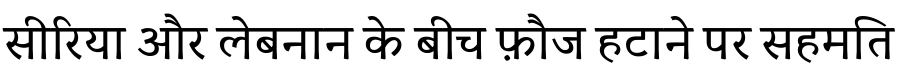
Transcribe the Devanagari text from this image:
सीरिया और लेबनान के बीच फ़ौज हटाने पर सहमति